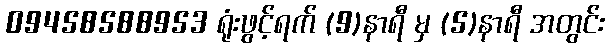
09458588953 ရုံးဖွင့်ရက် (9)နာရီ မှ (5)နာရီ အတွင်း